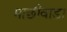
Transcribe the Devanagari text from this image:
माछीवाड़ा